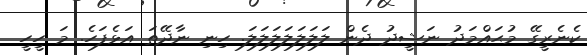
ކެނެރީގޭ މުޙައްމަދު ނަޝީދު ދެން ލަލަލަލަލަލަލަ. ހިނި ނާދޭތަ އަޅެފަހެ. މަ ހީހީ